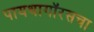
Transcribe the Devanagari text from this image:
पायथागॉरसचा